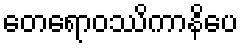
တေရောဝဿိကာနိပေ